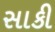
સાકી